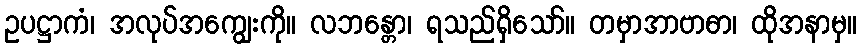
ဥပဋ္ဌာကံ၊ အလုပ်အကျွေးကို။ လဘန္တော၊ ရသည်ရှိသော်။ တမှာအာဗာဓာ၊ ထိုအနာမှ။